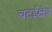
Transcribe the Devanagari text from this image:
चटईक्षेत्र